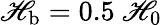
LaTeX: \mathscr{H}_{\mathrm{{b}}}=0.5~\mathscr{H}_{0}